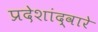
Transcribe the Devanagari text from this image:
प्रदेशांद्वारे